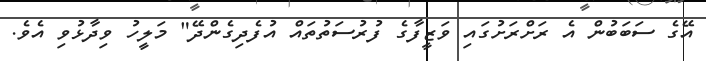
އޭގެ ސަބަބުން އެ ރަށްރަށުގައި ވަޒީފާގެ ފުރުސަތުތައް އުފެދިގެންދޭ" މަލީހު ވިދާޅުވި އެވެ.